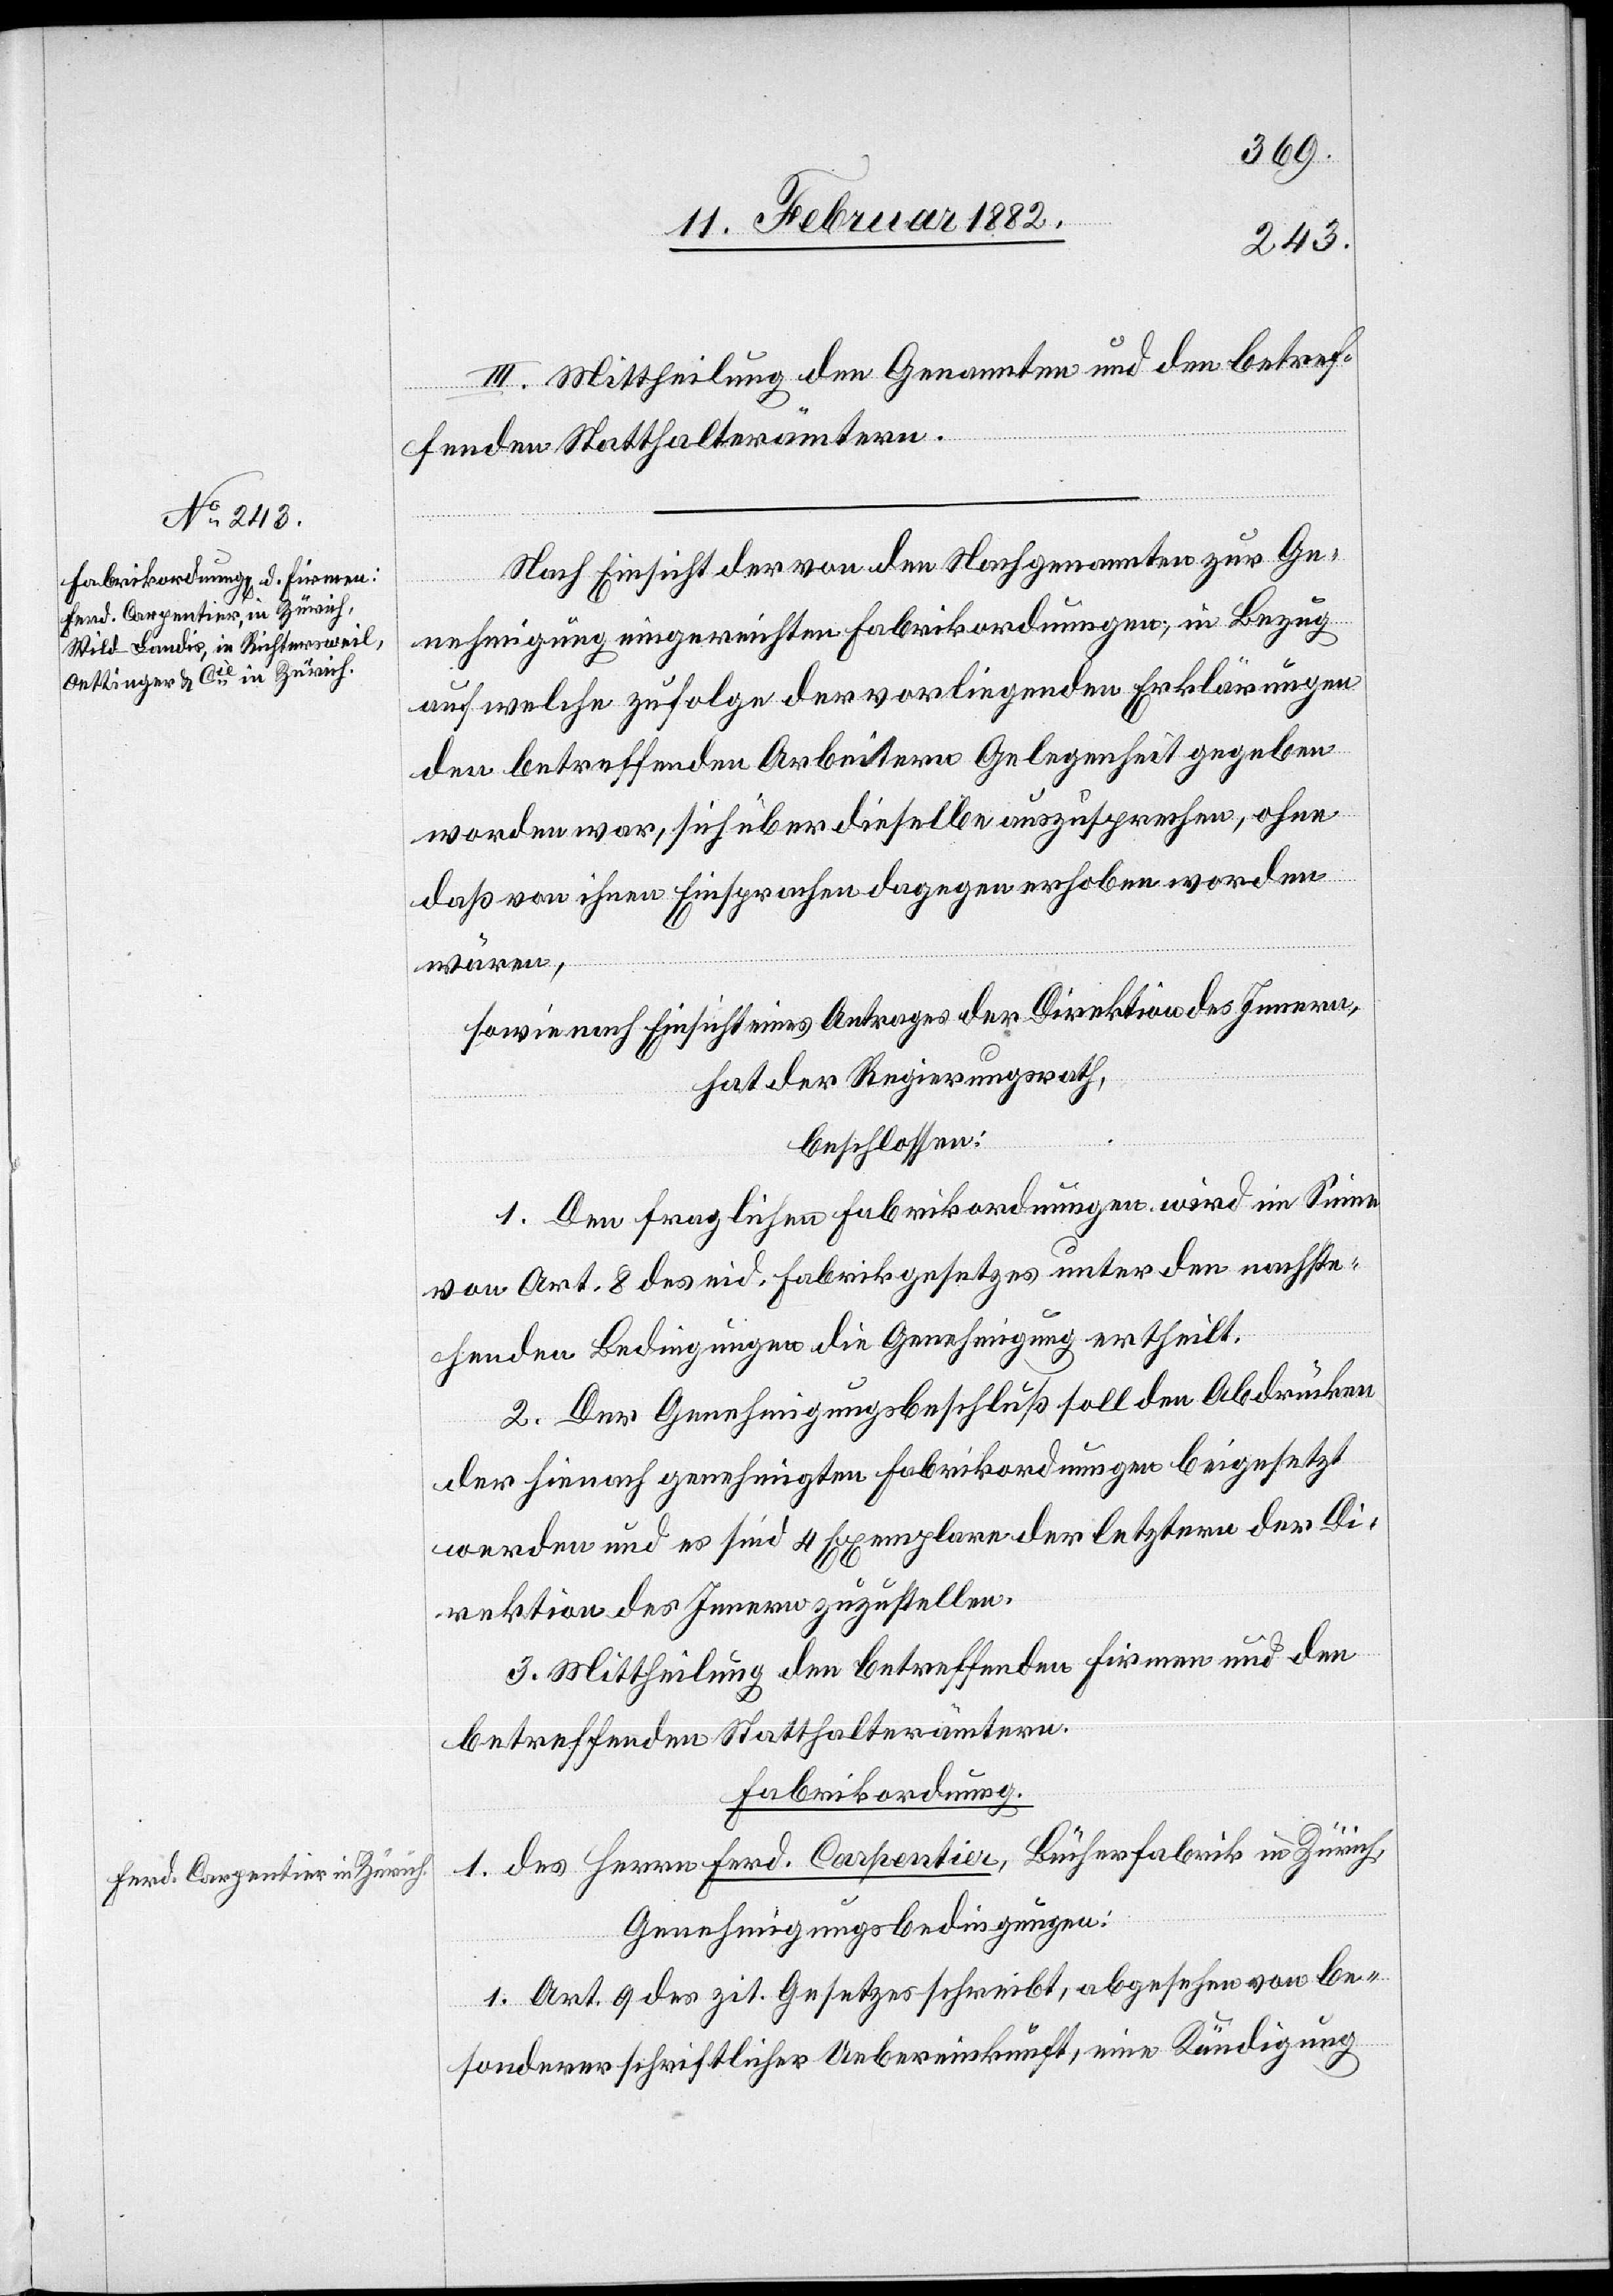
III. Mittheilung den Genannten und den betref¬
fenden Statthalterämtern.
Nach Einsicht der von den Nachgenannten zur Ge¬
nehmigung eingereichten Fabrikordnungen, in Bezug
auf welche zufolge der vorliegenden Erklärungen
den betreffenden Arbeitern Gelegenheit gegeben
worden war, sich über dieselben auszusprechen, ohne
daß von ihnen Einsprachen dagegen erhoben worden
wären,
sowie nach Einsicht eines Antrages der Direktion des Innern,
hat der Regierungsrath,
beschlossen:
1. den fraglichen Fabrikordnungen wird im Sinne
von Art. 8 des eid. Fabrikgesetzes unter den nachste¬
henden Bedingungen die Genehmigung ertheilt.
2. der Genehmigungsbeschluß soll den Abdrücken
der hiernach genehmigten Fabrikordnungen beigesetzt
werden und es sind 4 Exemplare der letztern der Di¬
rektion des Innern zuzustellen.
3. Mittheilung den betreffenden Firmen und den
betreffenden Statthalterämtern.
Fabrikordnung.
1. des Herrn Ferd. Carpentier, Büchsenfabrik in Zürich,
Genehmigungsbedingungen:
1. Art. 9 des zit. Gesetzes schreibt, abgesehen von be¬
sonderer schriftlicher Uebereinkunft, eine Kündigung